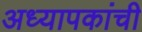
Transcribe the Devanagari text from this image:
अध्यापकांची